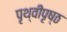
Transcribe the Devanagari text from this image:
पृथ्वीपृष्ठ